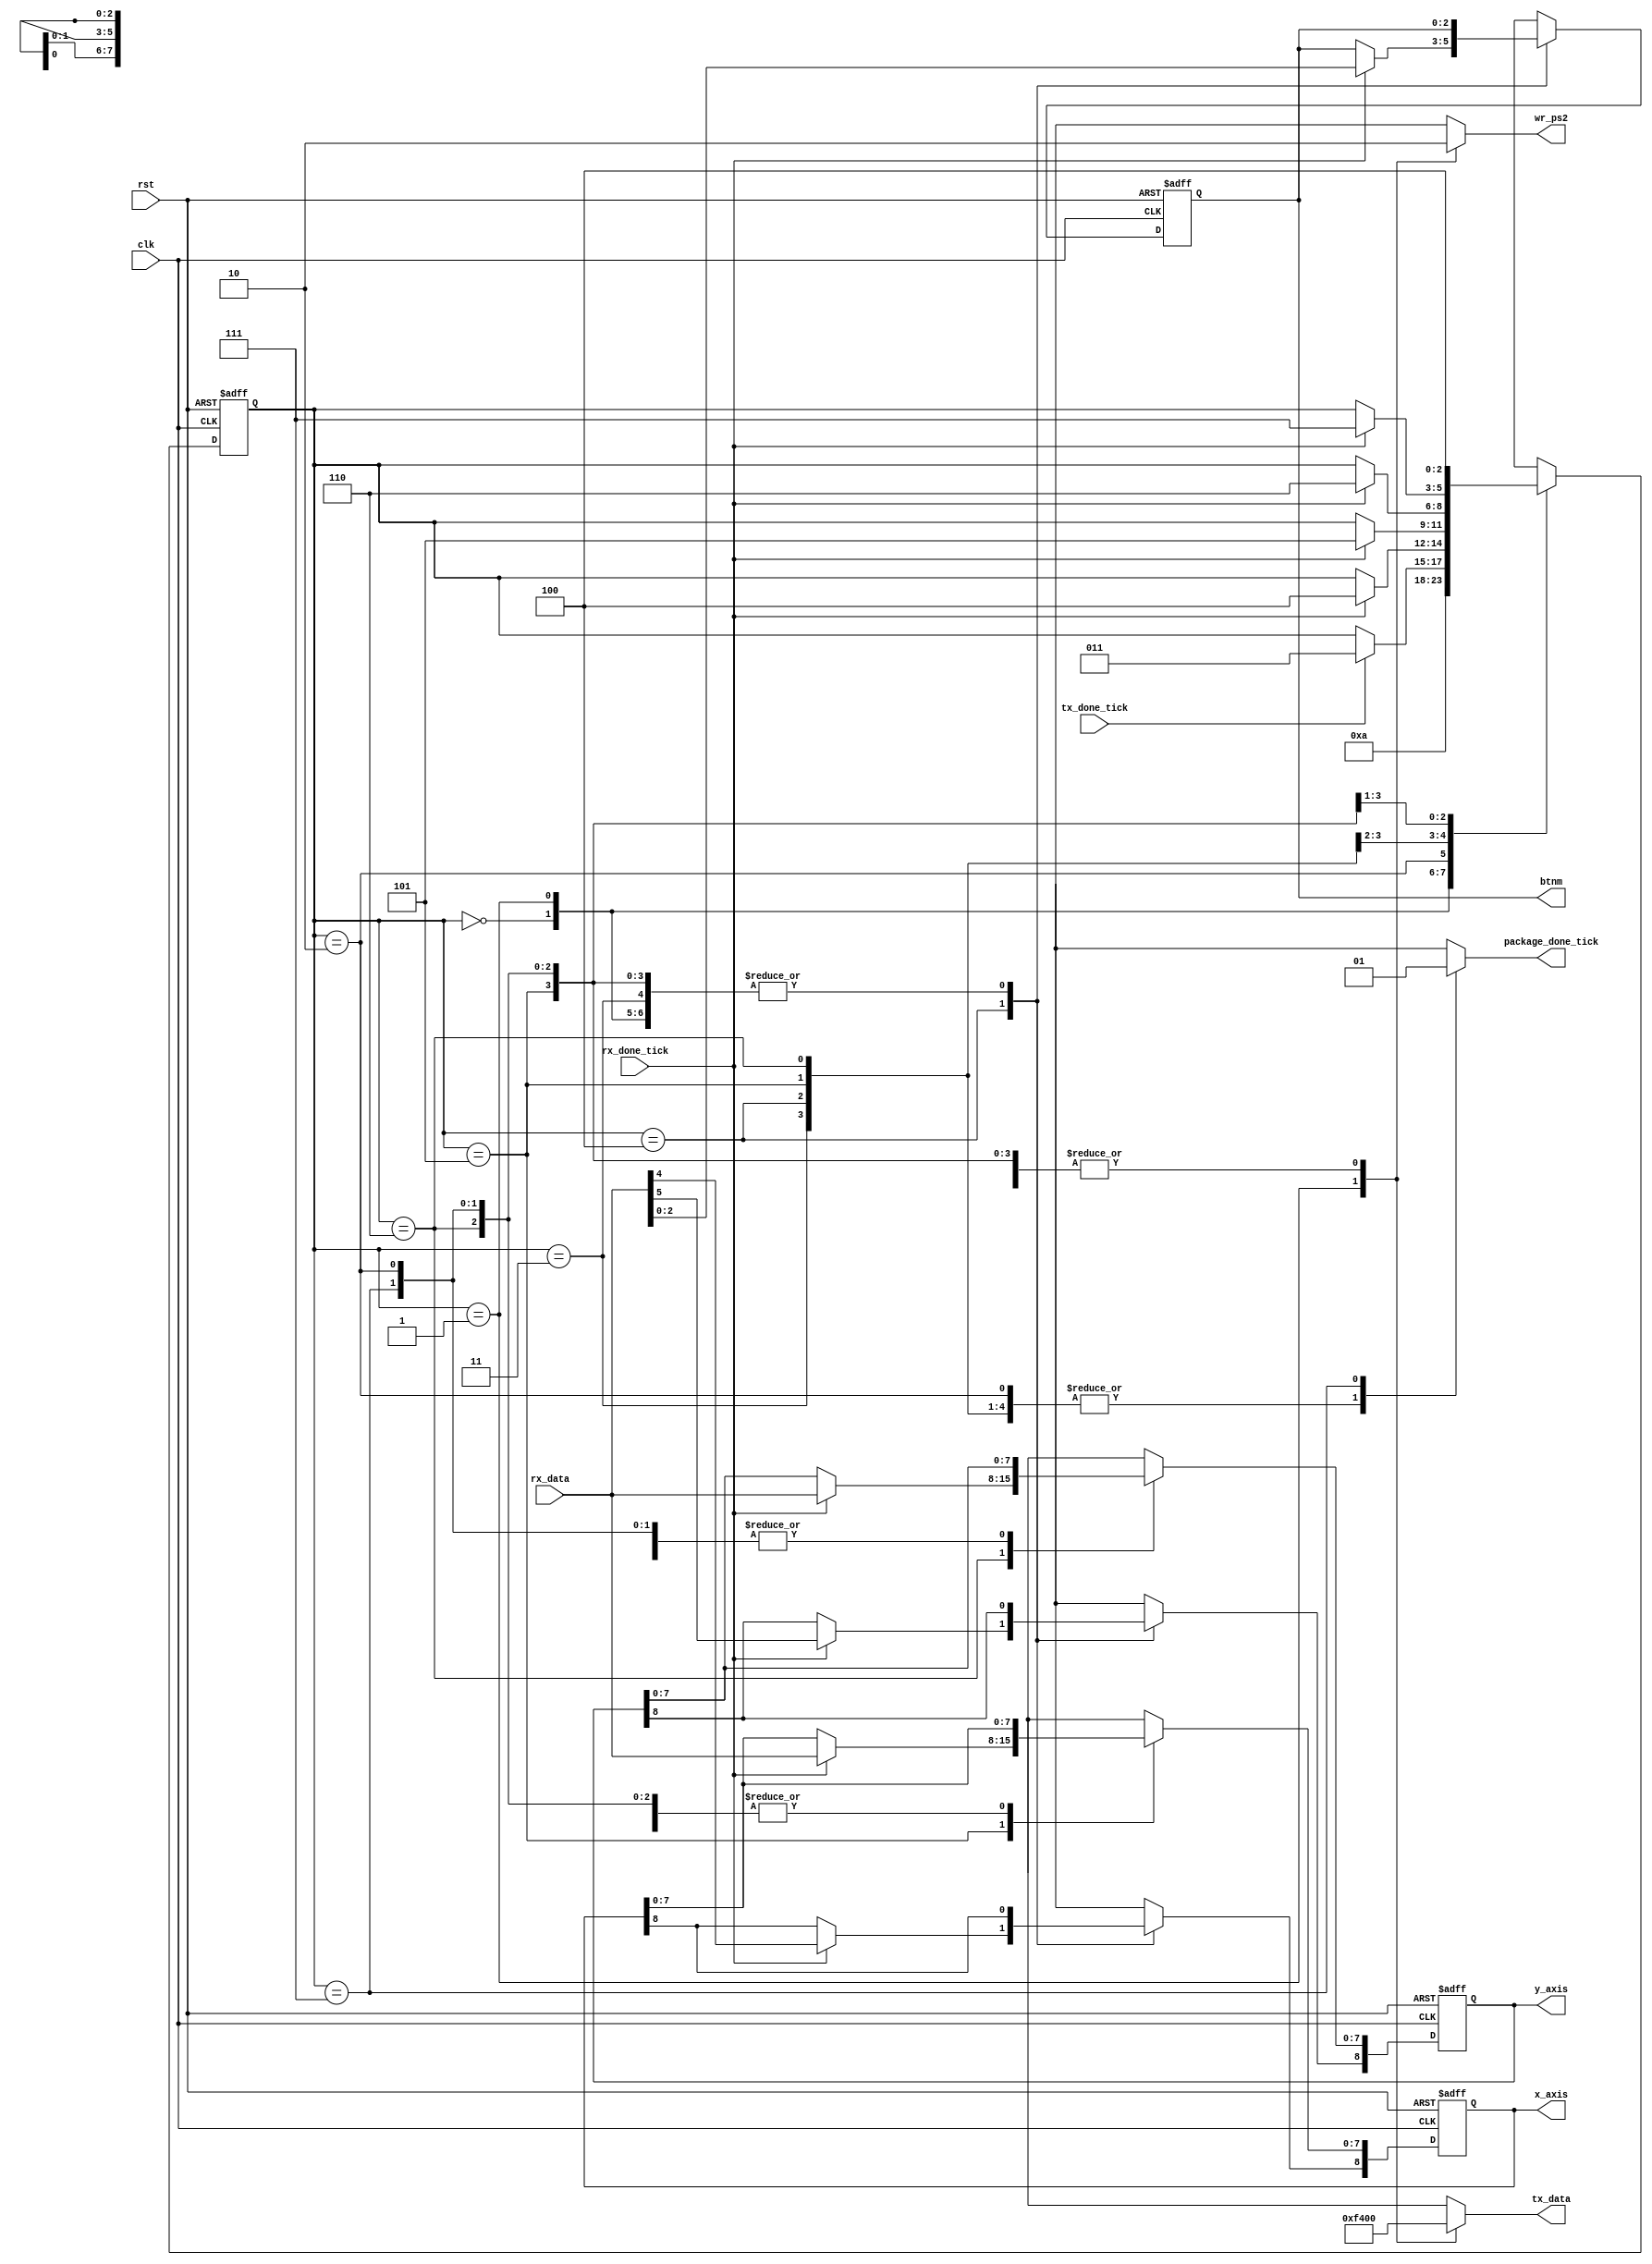
//FSM for STREAM mode

module stream_FSM(
	input clk, rst,
	input [7:0] rx_data,
	input rx_done_tick, tx_done_tick,
	
	output reg wr_ps2,
	output reg package_done_tick,
	output wire [7:0] tx_data, //commands to mouse
	output wire [8:0] x_axis,
	output wire [8:0] y_axis,
	output wire [2:0] btnm );
	
	localparam ENABLE_MOUSE_STREAMING = 8'hF4;
	localparam DISABLE_MOUSE_STREAMING = 8'hF5;
	
	localparam [2:0]
		stream_idle = 3'd0,
		stream_cmd_state = 3'd1,
		stream_wait_state = 3'd2,
		stream_answer_state = 3'd3,
		pack1_state = 3'd4,
		pack2_state = 3'd5,
		pack3_state = 3'd6,
		stream_done_state = 3'd7;
		
	reg [2:0] stream_reg, stream_next;
	reg [8:0] x_reg, x_next, y_reg, y_next;
	reg [2:0] btn_reg, btn_next;
	reg [7:0] tx_cmd;
	
	always @ (posedge clk, posedge rst)
		begin
			if (rst)
				begin
					stream_reg <= stream_idle;
					x_reg <= 0;
					y_reg <= 0;
					btn_reg <= 0;
				end
			else
				begin
					stream_reg <= stream_next;
					x_reg <= x_next;
					y_reg <= y_next;
					btn_reg <= btn_next;
				end
		end
		
	always @*
		begin
			wr_ps2 = 1'b0;
			stream_next = stream_reg;
			x_next = x_reg;
			y_next = y_reg;
			btn_next = btn_reg;
			tx_cmd = 8'h00;
			package_done_tick = 1'b0;
			case (stream_reg)
				stream_idle:
						stream_next = stream_cmd_state;
				stream_cmd_state:
					begin
						wr_ps2 = 1'b1;
						tx_cmd = ENABLE_MOUSE_STREAMING;
						stream_next = stream_wait_state;
					end
				stream_wait_state:
					if (tx_done_tick)
						stream_next = stream_answer_state;
				stream_answer_state:
					if (rx_done_tick)
						stream_next = pack1_state;
				pack1_state:
					if (rx_done_tick)
						begin
							stream_next = pack2_state;
							y_next[8] = rx_data[5];
							x_next[8] = rx_data[4];
							btn_next = rx_data[2:0];
						end
				pack2_state:
					if (rx_done_tick)
						begin
							stream_next = pack3_state;
							x_next[7:0] = rx_data;
						end
				pack3_state:
					if (rx_done_tick)
						begin
							stream_next = stream_done_state;
							y_next[7:0] = rx_data;
						end
				stream_done_state:
					begin
						package_done_tick = 1'b1;
						stream_next = pack1_state;
					end
			endcase
		end
		
	assign x_axis = x_reg;
	assign y_axis = y_reg;
	assign btnm = btn_reg;
	assign tx_data = tx_cmd;
	
endmodule